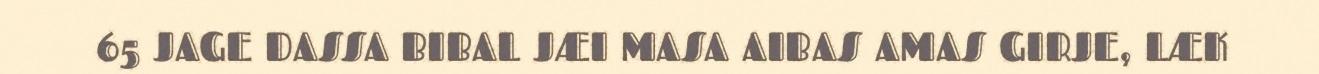
65 JAGE DASSA BIBAL JÆI MASA AIBAS AMAS GIRJE, LÆK